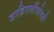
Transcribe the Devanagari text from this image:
जाहिरातींभोवती